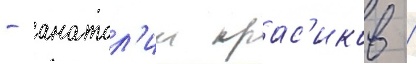
- анатол'ии крас'иков /